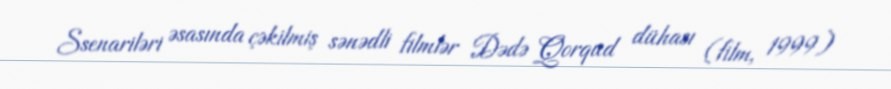
Ssenariləri əsasında çəkilmiş sənədli filmlər Dədə Qorqud dühası (film, 1999)